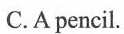
C.A pencil.